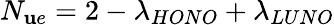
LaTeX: N_{\mathbf{u}e}=2-\lambda_{HONO}+\lambda_{LUNO}